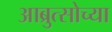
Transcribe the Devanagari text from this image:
आब्रुत्सोच्या